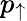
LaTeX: p_{\uparrow}